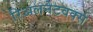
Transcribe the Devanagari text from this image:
रिअलनेटवर्क्स